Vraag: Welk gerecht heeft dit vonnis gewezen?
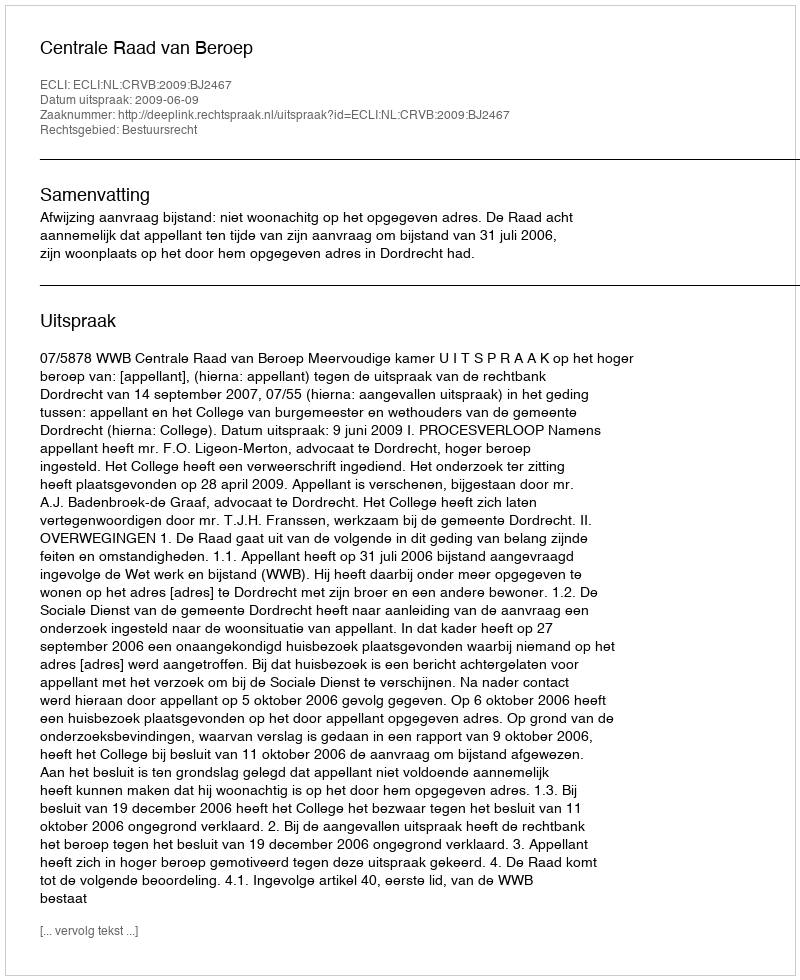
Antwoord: Centrale Raad van Beroep